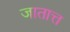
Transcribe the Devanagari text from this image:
जातात्त